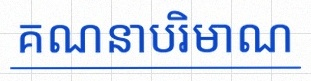
គណនាបរិមាណ